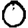
Digit: 0